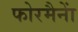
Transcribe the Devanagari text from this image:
फोरमैनाें